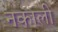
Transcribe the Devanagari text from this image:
नकाली